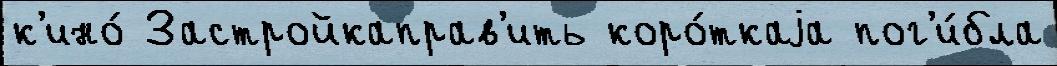
к'ино́ Застройкаправ'ить коро́ткаjа пог'и́бла